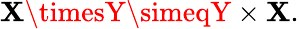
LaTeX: \mathbf{X}\timesY\simeqY\times\mathbf{X}.